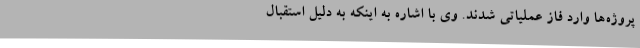
پروژه‌ها وارد فاز عملیاتی شدند. وی با اشاره به اینکه به دلیل استقبال